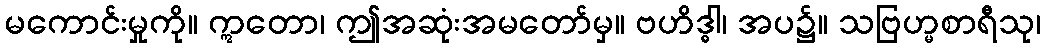
မကောင်းမှုကို။ ဣတော၊ ဤအဆုံးအမတော်မှ။ ဗဟိဒ္ဓါ၊ အပ၌။ သဗြဟ္မစာရီသု၊